Indian journal of veterinary science and animal husbandry - Volume 12,
Year: 1942
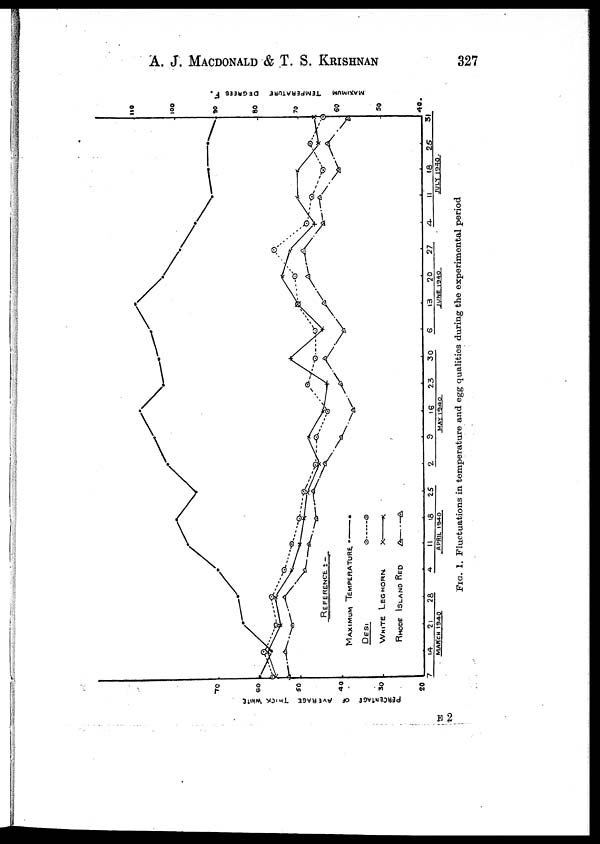
A. J. MACDONALD & T. S. KRISHNAN 327
FIG.
1. Fluctuations in temperature and egg qualities during the experimental period
E 2